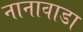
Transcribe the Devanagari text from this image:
नानावाडा